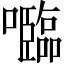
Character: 𡄦